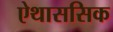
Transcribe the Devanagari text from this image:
ऐथाससिक